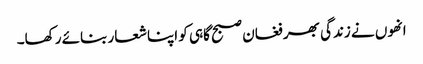
انھوں نے زندگی بھر فغان صبح گاہی کو اپنا شعار بنائے رکھا۔